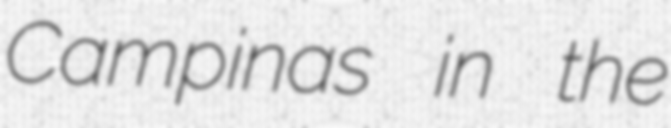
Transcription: Campinas in the